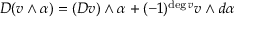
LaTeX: D ( v \wedge \alpha ) = ( D v ) \wedge \alpha + ( - 1 ) ^ { { \mathrm { d e g } } \, v } v \wedge d \alpha